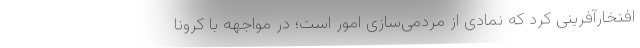
افتخارآفرینی کرد که نمادی از مردمی‌سازی امور است؛ در مواجهه با کرونا